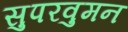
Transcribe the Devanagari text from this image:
सुपरवुमन